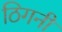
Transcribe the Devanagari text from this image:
ठिगनी